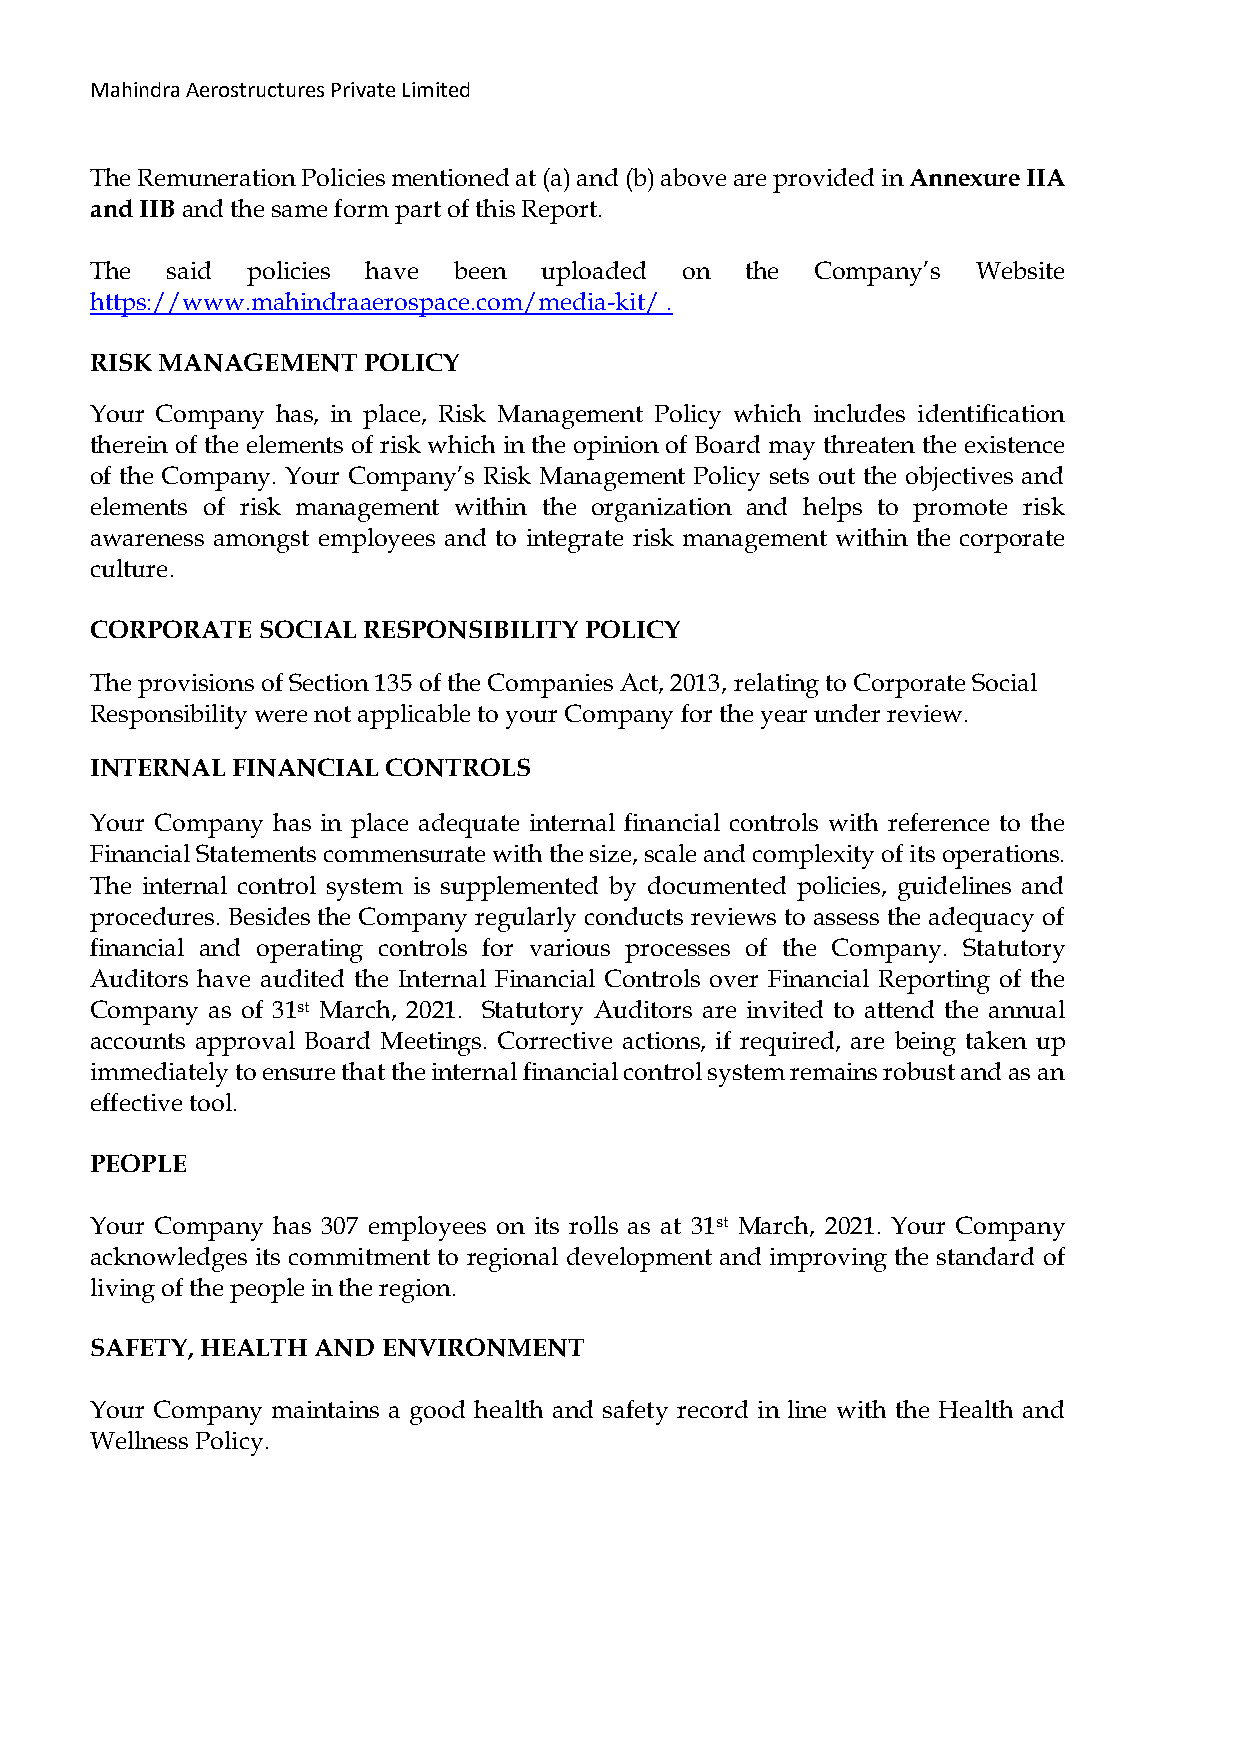
Mahindra Aerostructures Private Limited
 The Remuneration Policies mentioned at (a) and (b) above are provided in Annexure IIA
 and IIB and the same form part of this Report.
 The  said policies have been  uploaded on  the  Company’s  Website
 https://www.mahindraaerospace.com/media-kit/ .
 RISK MANAGEMENT   POLICY
 Your Company has, in place, Risk Management Policy which includes identification
 therein of the elements of risk which in the opinion of Board may threaten the existence
 of the Company. Your Company’s Risk Management Policy sets out the objectives and
 elements of risk management within the organization and helps to promote risk
 awareness amongst employees and to integrate risk management within the corporate
 culture.
 CORPORATE  SOCIAL RESPONSIBILITY POLICY
 The provisions of Section 135 of the Companies Act, 2013, relating to Corporate Social
 Responsibility were not applicable to your Company for the year under review.
 INTERNAL FINANCIAL  CONTROLS
 Your Company has in place adequate internal financial controls with reference to the
 Financial Statements commensurate with the size, scale and complexity of its operations.
 The internal control system is supplemented by documented policies, guidelines and
 procedures. Besides the Company regularly conducts reviews to assess the adequacy of
 financial and operating controls for various processes of the Company. Statutory
 Auditors have audited the Internal Financial Controls over Financial Reporting of the
 Company as of 31st March, 2021. Statutory Auditors are invited to attend the annual
 accounts approval Board Meetings. Corrective actions, if required, are being taken up
 immediately to ensure that the internal financial control system remains robust and as an
 effective tool.
 PEOPLE
 Your Company has 307 employees on its rolls as at 31st March, 2021. Your Company
 acknowledges its commitment to regional development and improving the standard of
 living of the people in the region.
 SAFETY, HEALTH AND ENVIRONMENT
 Your Company maintains a good health and safety record in line with the Health and
 Wellness Policy.